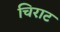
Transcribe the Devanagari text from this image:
चिराट